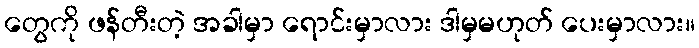
တွေကို ဖန်တီးတဲ့ အခါမှာ ရောင်းမှာလား ဒါမှမဟုတ် ပေးမှာလား။